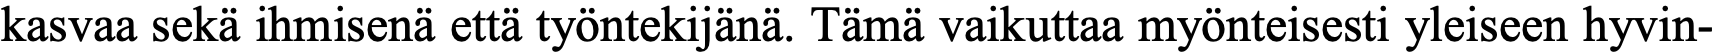
kasvaa sekä ihmisenä että työntekijänä. Tämä vaikuttaa myönteisesti yleiseen hyvin-